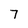
Character: 7